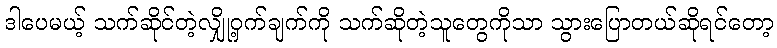
ဒါပေမယ့် သက်ဆိုင်တဲ့လျှို့ဝှက်ချက်ကို သက်ဆိုတဲ့သူတွေကိုသာ သွားပြောတယ်ဆိုရင်တော့